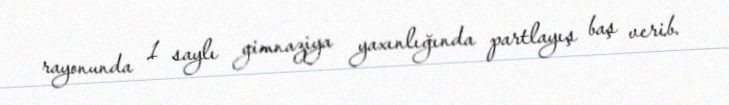
rayonunda 1 saylı gimnaziya yaxınlığında partlayış baş verib.